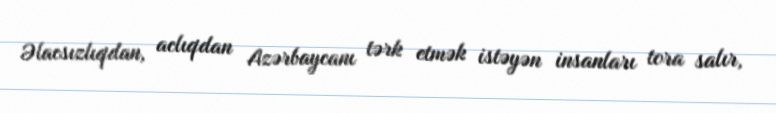
Əlacsızlıqdan, aclıqdan Azərbaycanı tərk etmək istəyən insanları tora salır,